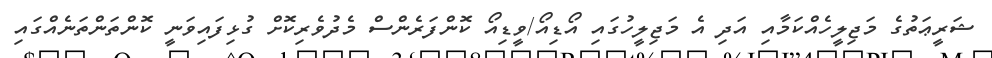
ޝަރީޢަތުގެ މަޖިލީހެއްކަމާއި އަދި އެ މަޖިލީހުގައި އޯޑިއޯ/ވީޑިއޯ ކޮންފަރެންސް މެދުވެރިކޮށް ގުޅިފައިވަނީ ކޮންތަންތަނެއްގައި